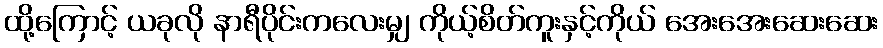
ထို့ကြောင့် ယခုလို နာရီပိုင်းကလေးမျှ ကိုယ့်စိတ်ကူးနှင့်ကိုယ် အေးအေးဆေးဆေး